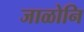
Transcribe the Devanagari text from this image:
जाळोनि